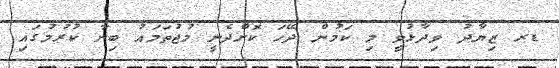
ޑރ ޒިޔާދު ވިދާޅުވީ މި ކަމުން ދޭހަ ކޮށްދެނީ މުޖުތަމައު ބިނާ ކުރުމުގައި